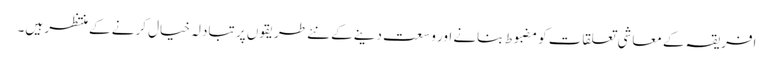
افریقہ کے معاشی تعلقات کو مضبوط بنانے اور وسعت دینے کے نئے طریقوں پر تبادلہ خیال کرنے کے منتظر ہیں۔